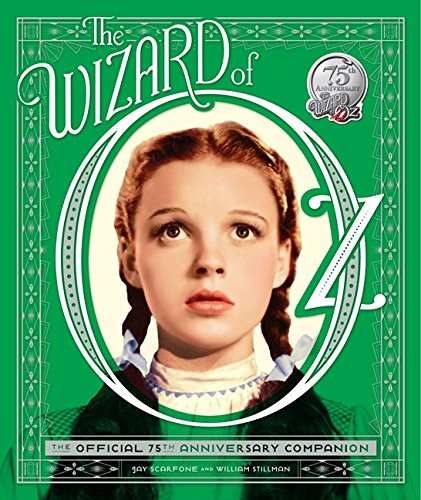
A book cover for The Wizard of Oz: The Official 75th Anniversary Companion; William Stillman; Humor & Entertainment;